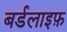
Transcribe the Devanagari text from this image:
बर्डलाइफ़